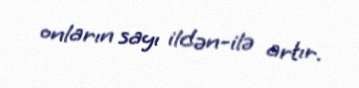
onların sayı ildən-ilə artır.